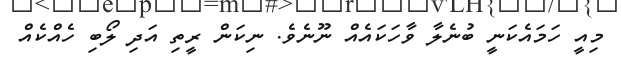
މިއީ ހަމައެކަނީ ބުނެލާ ވާހަކައެއް ނޫނެވެ. ނިކަން ރީތި އަދި ލޯބި ހެއްކެއް